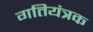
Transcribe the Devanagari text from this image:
गतियंत्रक